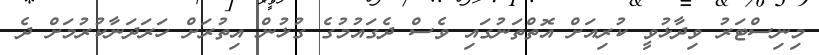
މިނިސްޓަރު ވިދާޅުވީ ކުރިއަށް އޮތްތަނުގައި ވެސް ދެގައުމުގެ ގުޅުން އިތުރަށް ހަރަދަނާކުރުމަށް ދެ